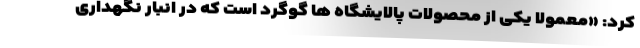
کرد: «معمولا یکی از محصولات پالایشگاه ها گوگرد است که در انبار نگهداری